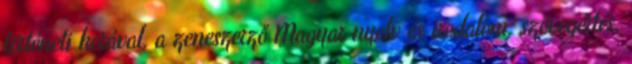
történeti korával, a zeneszerző Magyar nyelv és irodalom: szövegértés,